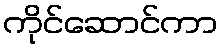
ကိုင်ဆောင်ကာ